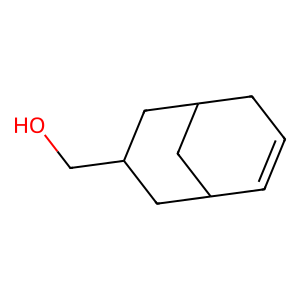
SMILES: OCC1CC2C=CCC(C2)C1
Inhibits HIV replication: No